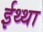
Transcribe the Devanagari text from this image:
ईथ्था